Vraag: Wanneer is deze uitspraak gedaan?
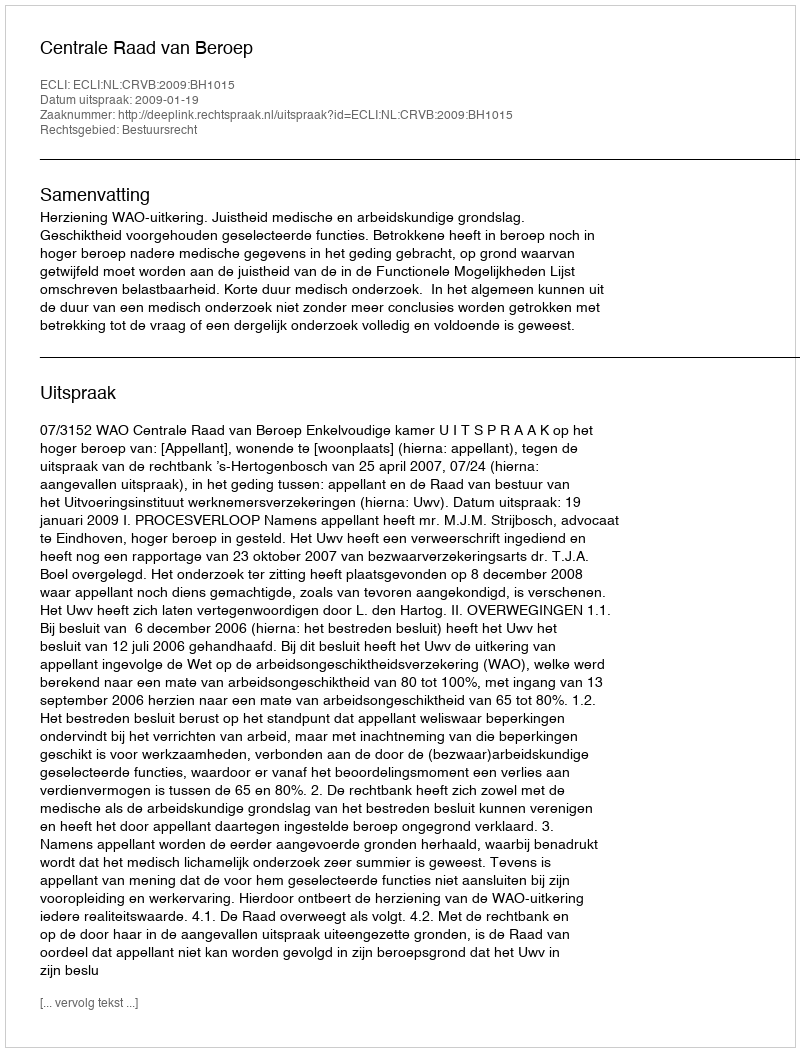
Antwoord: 2009-01-19